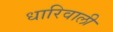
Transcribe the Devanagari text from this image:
धारिवाली